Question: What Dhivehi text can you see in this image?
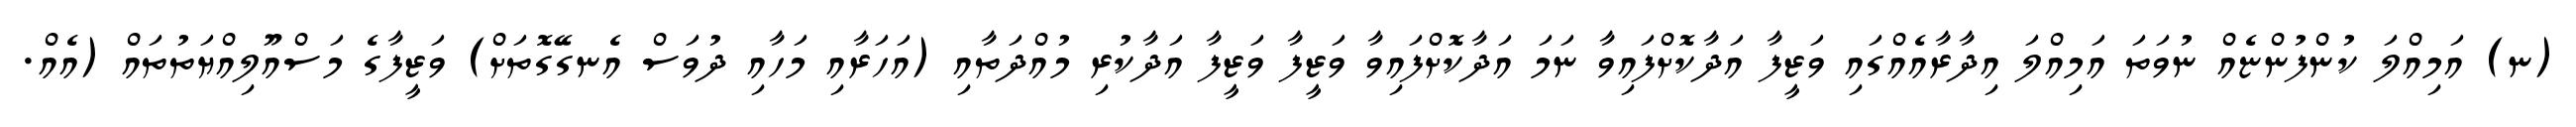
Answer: (ނ) އަމިއްލަ ކުންފުންޏެއް ނުވަތަ އަމިއްލަ އިދާރާއެއްގައި ވަޒީފާ އަދާކޮށްފައިވާ ނަމަ އަދާކޮށްފައިވާ ވަޒީފާ ވަޒީފާ އަދާކުރި މުއްދަތާއި (އަހަރާއި މަހާއި ދުވަސް އެނގޭގޮތަށް) ވަޒީފާގެ މަސްއޫލިއްޔަތުތައް (އެއް.